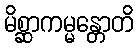
မိစ္ဆာကမ္မန္တောတိ